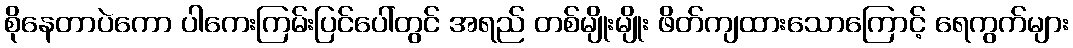
စိုနေတာပဲကော ပါကေးကြမ်းပြင်ပေါ်တွင် အရည် တစ်မျိုးမျိုး ဖိတ်ကျထားသောကြောင့် ရေကွက်များ